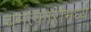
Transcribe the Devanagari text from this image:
चमत्कारांमध्ये